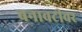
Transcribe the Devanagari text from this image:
बनावटीवर